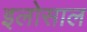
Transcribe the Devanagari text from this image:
इलोसाल